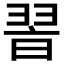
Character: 𦐮